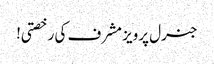
جنرل پرویز مشرف کی رخصتی!